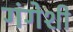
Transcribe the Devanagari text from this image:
गंगेशी